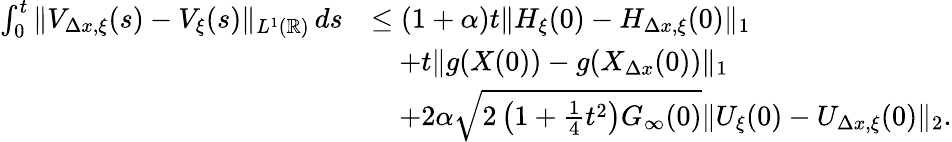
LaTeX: \begin{array}{rl}{\int_{0}^{t}\| V_{\Delta x,\xi}(s)-V_{\xi}(s)\| _{L^{1}(\mathbb{R})}\, ds}&{\leq(1+\alpha)t\| H_{\xi}(0)-H_{\Delta x,\xi}(0)\| _{1}}\\ &{\quad+t\| g(X(0))-g(X_{\Delta x}(0))\| _{1}}\\ &{\quad+2\alpha\sqrt{2\left(1+\frac{1}{4}t^{2}\right)G_{\infty}(0)}\| U_{\xi}(0)-U_{\Delta x,\xi}(0)\| _{2}.}\end{array}